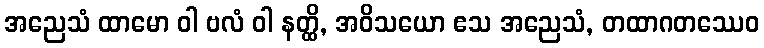
အညေသံ ထာမော ဝါ ဗလံ ဝါ နတ္ထိ, အဝိသယော ဧသ အညေသံ, တထာဂတဿေဝ